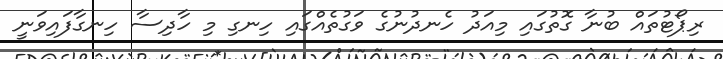
ރިޕޯޓުތައް ބުނާ ގޮތުގައި މިއަދު ހެނދުނުގެ ވަގުތެއްގައި ހިނގި މި ހާދިސާ ހިނގާފައިވަނީ